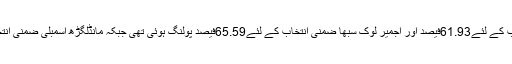
قابل ذکر ہے کہ گذشتہ29 جنوری کو ہوئے الور لوک سبھا ضمنی انتخاب کے لئے61.93فیصد اور اجمیر لوک سبھا ضمنی انتخاب کے لئے65.59فیصد پولنگ ہوئی تھی جبکہ مانڈلگڑھ اسمبلی ضمنی انتخابات میں 78.68 فیصد ووٹروں نے اپنے ووٹ کے حق کا استعمال کیا۔